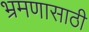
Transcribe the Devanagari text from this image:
भ्रमणासाठी